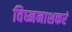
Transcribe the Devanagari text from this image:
विघ्ननाशकरं